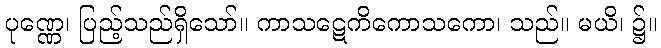
ပုဏ္ဏေ၊ ပြည့်သည်ရှိသော်။ ကာသဋေကိကောသကော၊ သည်။ မယိ၊ ၌။